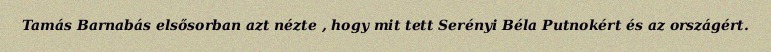
Tamás Barnabás elsősorban azt nézte , hogy mit tett Serényi Béla Putnokért és az országért.